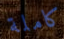
كاملة